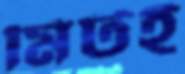
মিটই